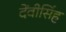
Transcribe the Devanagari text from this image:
देंवीसिंह